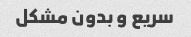
سریع و بدون مشکل